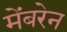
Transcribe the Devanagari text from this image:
मेंबरेन